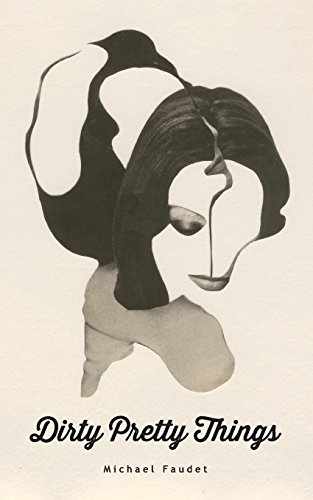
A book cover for Dirty Pretty Things; Michael Faudet; Literature & Fiction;